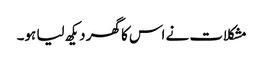
مشکلات نے اس کا گھر دیکھ لیا ہو۔